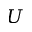
U